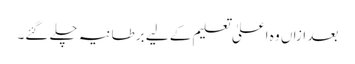
بعد ازاں وہ اعلیٰ تعلیم کے لیے برطانیہ چلے گئے۔